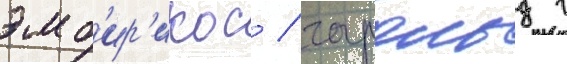
эмб'ир'икос / гарольд г